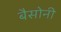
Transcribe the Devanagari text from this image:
बैसोनी